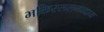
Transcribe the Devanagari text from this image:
भक्तिरससम्प्रदाय